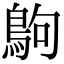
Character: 𪀊